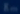
Ls